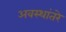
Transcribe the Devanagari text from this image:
अवस्थांतरे